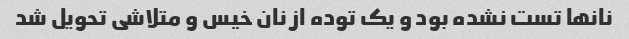
نانها تست نشده بود و یک توده از نان خیس و متلاشی تحویل شد